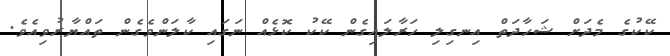
ކޭކުގެ މެދަށް ޝަހާދަތް އިނގިލި ހަރާލައިގެން ކޭކު ކޮޅެއް ނަގައި ކާލަންވެގެން ތައްޔާރުވިއެވެ.